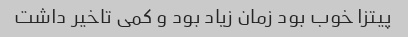
پیتزا خوب بود زمان زیاد بود و کمی تاخیر داشت